Report of the Indian Hemp Drugs Commission, 1894-1895 - Volume III
Year: 1894
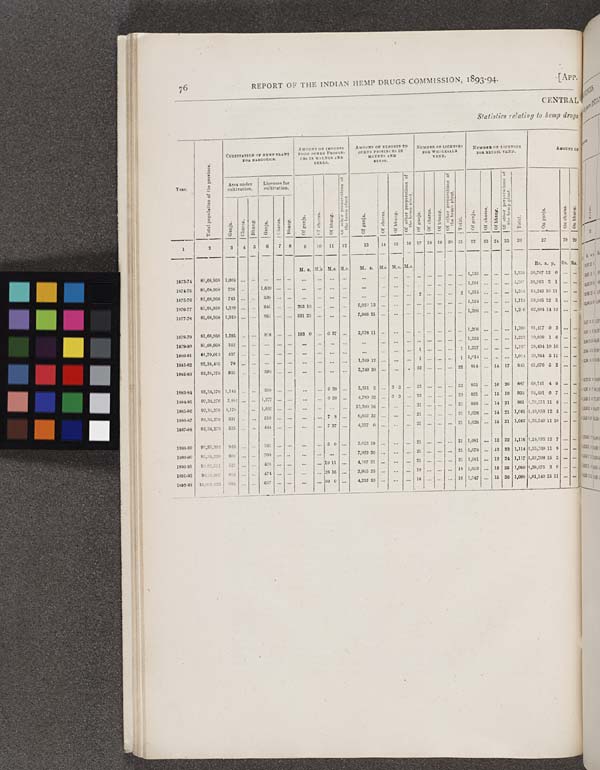
76
REPORT OF THE INDIAN HEMP DRUGS COMMISSION, 1893-94.
[APP.
CENTRAL
Statistics relating to hemp drugs
Year.
Total population of the province.
CULTI VATI ON HEMP PLANT
FOR NARCOTI CS.
AMOUNT OF IMPORTS
FROM OTHER PROVIN-
CES IN MAUNDS AND
SEERS.
AMOUNT OF EXPORTS TO
OTHER PROVINCES IN
MAUNDS
AND
SEERS.
NUMBER OF LICENSES
FOR WHOLESALE
VEND.
NUMBER OF LICENSES
FOR RETAI L VEND.
AMOUNT OF
Year.
Total population of the province.
Area under
cultivation.
Li cense for
cultivation.
Of ganja.
Of charas.
Of bhang.
Of other preparations of
the hemp plant.
Of ganja. Of charas. Of bhang.
Of other preparations of
the hemp plant.
Of ganja. Of charas.
Of bhang.
Of oher preparations of
the hemp plant.
Total.
Of ganja. Of charas.
Of bhang. Of other preparatio
the hemp plant.
Total.
On ganja.
On charas.
On bhang.
Year.
Total population of the province.
Ganja. Charas.
Bhang. Ganja. Charas. Bhang. Of ganja.
Of charas.
Of bhang.
Of other preparations of
the hemp plant.
Of ganja. Of charas. Of bhang.
Of other preparations of
the hemp plant.
Of ganja. Of charas.
Of bhang.
Of oher preparations of
the hemp plant.
Total.
Of ganja. Of charas.
Of bhang. Of other preparatio
the hemp plant.
Total.
On ganja.
On charas.
On bhang.
1
2
3 4 5 6 7 8
9 10 11 12
13
14 15 16 17 18 19 20 21 22 23 24 25 26
27
28 29
M. s. M. s. M. s. M. s. M. s. M. s. M. s. M. s.
Rs. s. p. Rs. Rs.
1873-74 81,68.953 1, 064
1, 133
1, 133 50, 707 12 0
1874-75 81,68,958 738
1, 639
1, 261
1, 261 56, 263 2 1
1875-76 81, 68, 958 743
530
2
2 1, 254
1, 254 54, 245 10 11
1876-77 81, 68, 958 1, 129
641
263 10
5,920 13
1, 124
1, 124 58, 995 12 5
1877-78 81, 68, 958 1, 910
951
531 25
7, 986 21
1, 206
1,2 6
62, 894 14 10
1878-79 81, 68, 958 1, 285
818
103 0
0 37
2, 578 11
1, 206
1, 206 81, 417 0 3
1879-80 81, 68, 958 362
2, 223
1, 223 30, 809 1 6
1880-81 81, 79, 013 437
1
1 1, 227
1, 227 28, 494 10 10
1881-82 92, 34, 405 78
1, 349 12
1
1 1,014
1, 014 29, 344 5 11
1882-83 92, 34, 276 925
506
2, 240 30
22
22 814
14 17 845 61, 676 5 2
1883-84 92, 34, 276 1, 144
590
9 39
5,551 5
3 3
22
22 851
16 20 887 68,141 4 9
1884-85 92, 34, 276 2. 881
1, 277
0 20
4, 789 32
3 3
23
23 921
15 19 955 94,491 0 7
1885-86 92, 34, 276 1, 170
1, 837
13, 380 16
21
21 956
14 21 991 1, 13, 271 11 6
1886-87 92, 34, 276 931
7 8
6, 032 32
21
21 1, 026
14 21 1, 061 1, 40, 858 12 5
1887-88 92, 34, 276 525
7 37
4, 227 0
21
21 1, 026
15 21 1, 062 1, 23, 349 11 10
1888-89 92, 35, 303 940
591
5 0
5, 052 19
21
21 1,081 13 22 1, 116 1, 24, 053 12 7
1889-90 92, 34, 239 992'
709
7, 932 36
21
21 1,078 13 23 1, 114 1, 25, 769 11 9
1890-91 92,92,551 521
408
19 11
4, 107 31
21
21 1,081 12 24 1, 117 1, 32, 708 15 2
1891-92 94, 25, 907 653
474
26 16
3, 915 35
18
18 1,053 12 25 1, 090 1, 38, 875 3 0
1892-93 10, 001, 023 984
697
10 0
4, 232 33
18
18 1,047 15 36 1, 098 1, 61, 140 15 11